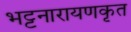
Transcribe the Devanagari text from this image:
भट्टनारायणकृत